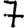
Digit: 7